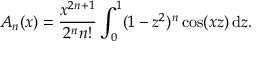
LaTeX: A _ { n } ( x ) = { \frac { x ^ { 2 n + 1 } } { 2 ^ { n } n ! } } \int _ { 0 } ^ { 1 } ( 1 - z ^ { 2 } ) ^ { n } \cos ( x z ) \, \mathrm { d } z .